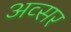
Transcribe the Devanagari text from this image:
अव्सर